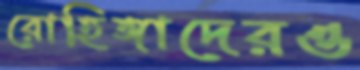
রোহিঙ্গাদেরও